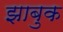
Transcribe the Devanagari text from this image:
झाबुक